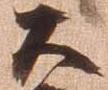
大